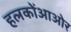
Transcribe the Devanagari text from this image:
हलकोंआओर